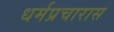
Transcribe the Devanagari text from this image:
धर्मप्रचारास